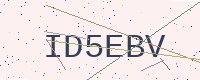
Text: ID5EBV